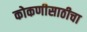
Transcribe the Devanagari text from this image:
कोकणीसाठीचा